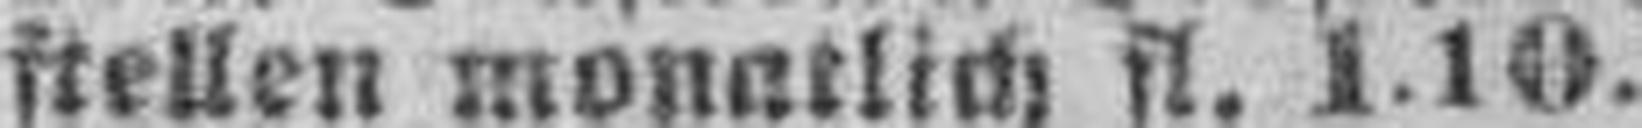
stellen monatlich fl. 1.10.